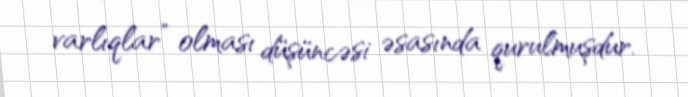
varlıqlar” olması düşüncəsi əsasında qurulmuşdur.